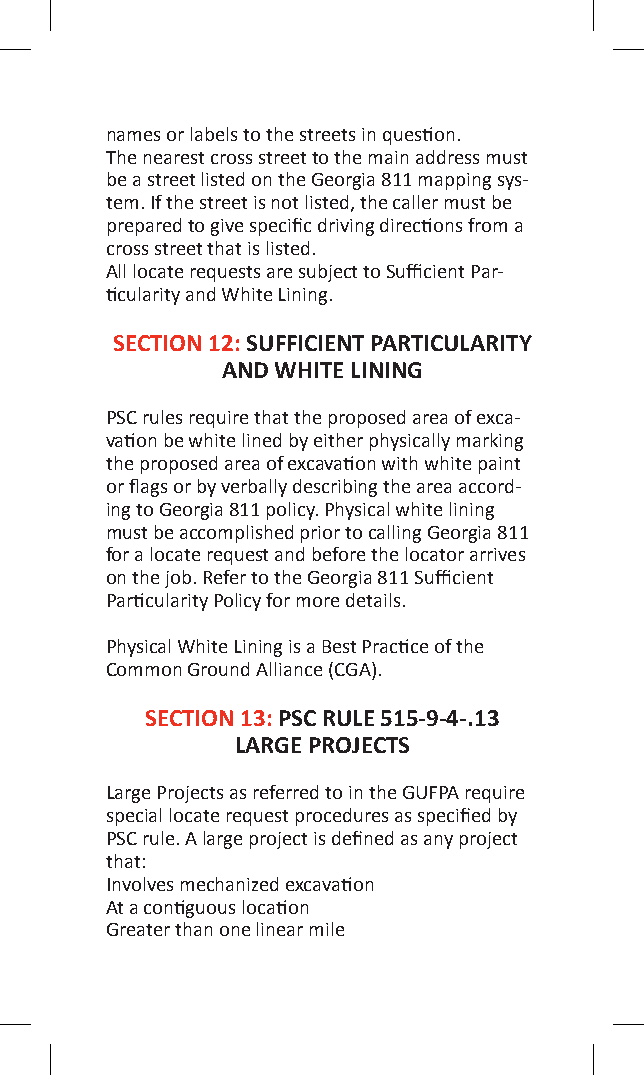
names or labels to the streets in question.
 The nearest cross street to the main address must
 be a street listed on the Georgia 811 mapping sys-
 tem. If the street is not listed, the caller must be
 prepared to give specific driving directions from a
 cross street that is listed.
 All locate requests are subject to Sufficient Par-
 ticularity and White Lining.
 SECTION 12: SUFFICIENT PARTICULARITY
 AND WHITE LINING
 PSC rules require that the proposed area of exca-
 vation be white lined by either physically marking
 the proposed area of excavation with white paint
 or flags or by verbally describing the area accord-
 ing to Georgia 811 policy. Physical white lining
 must be accomplished prior to calling Georgia 811
 for a locate request and before the locator arrives
 on the job. Refer to the Georgia 811 Sufficient
 Particularity Policy for more details.
 Physical White Lining is a Best Practice of the
 Common Ground Alliance (CGA).
 SECTION 13: PSC RULE 515-9-4-.13
 LARGE PROJECTS
 Large Projects as referred to in the GUFPA require
 special locate request procedures as specified by
 PSC rule. A large project is defined as any project
 that:
 Involves mechanized excavation
 At a contiguous location
 Greater than one linear mile